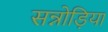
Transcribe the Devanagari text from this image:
सन्नोड़िया